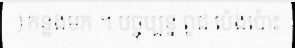
) កន្លងមក ។ បច្ចុប្បន្ន ពូជ ប៉េងប៉ោះ